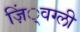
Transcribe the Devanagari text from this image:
ज़िं्वग्ली